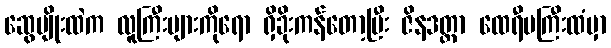
ဆွေမျိုးထဲက လူကြီးများကိုရော ရှိခိုးကန်တော့ပြီး ဇိနဒတ္တာ ထေရီမကြီးထံမှာ